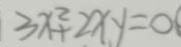
3 x ^ { 2 } + 2 x y = 0